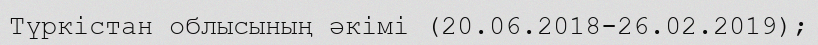
Түркістан облысының әкімі (20.06.2018-26.02.2019);